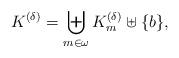
LaTeX: \begin{align*} K^{(\delta)}= \biguplus_{m\in\omega}K_m^{(\delta)}\uplus\{b\}, \end{align*}